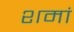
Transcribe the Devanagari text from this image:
शमां